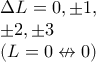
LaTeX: \begin{array} { l } { \Delta L = 0 , \pm 1 , } \\ { \pm 2 , \pm 3 } \\ { ( L = 0 \not \leftrightarrow 0 ) } \end{array}